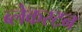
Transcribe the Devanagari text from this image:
ब्लेकस्टन